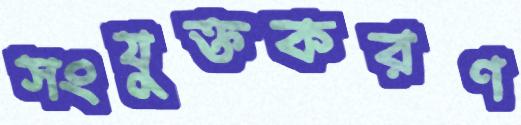
সংযুক্তকরণ